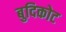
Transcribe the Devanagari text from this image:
बुदिकोट